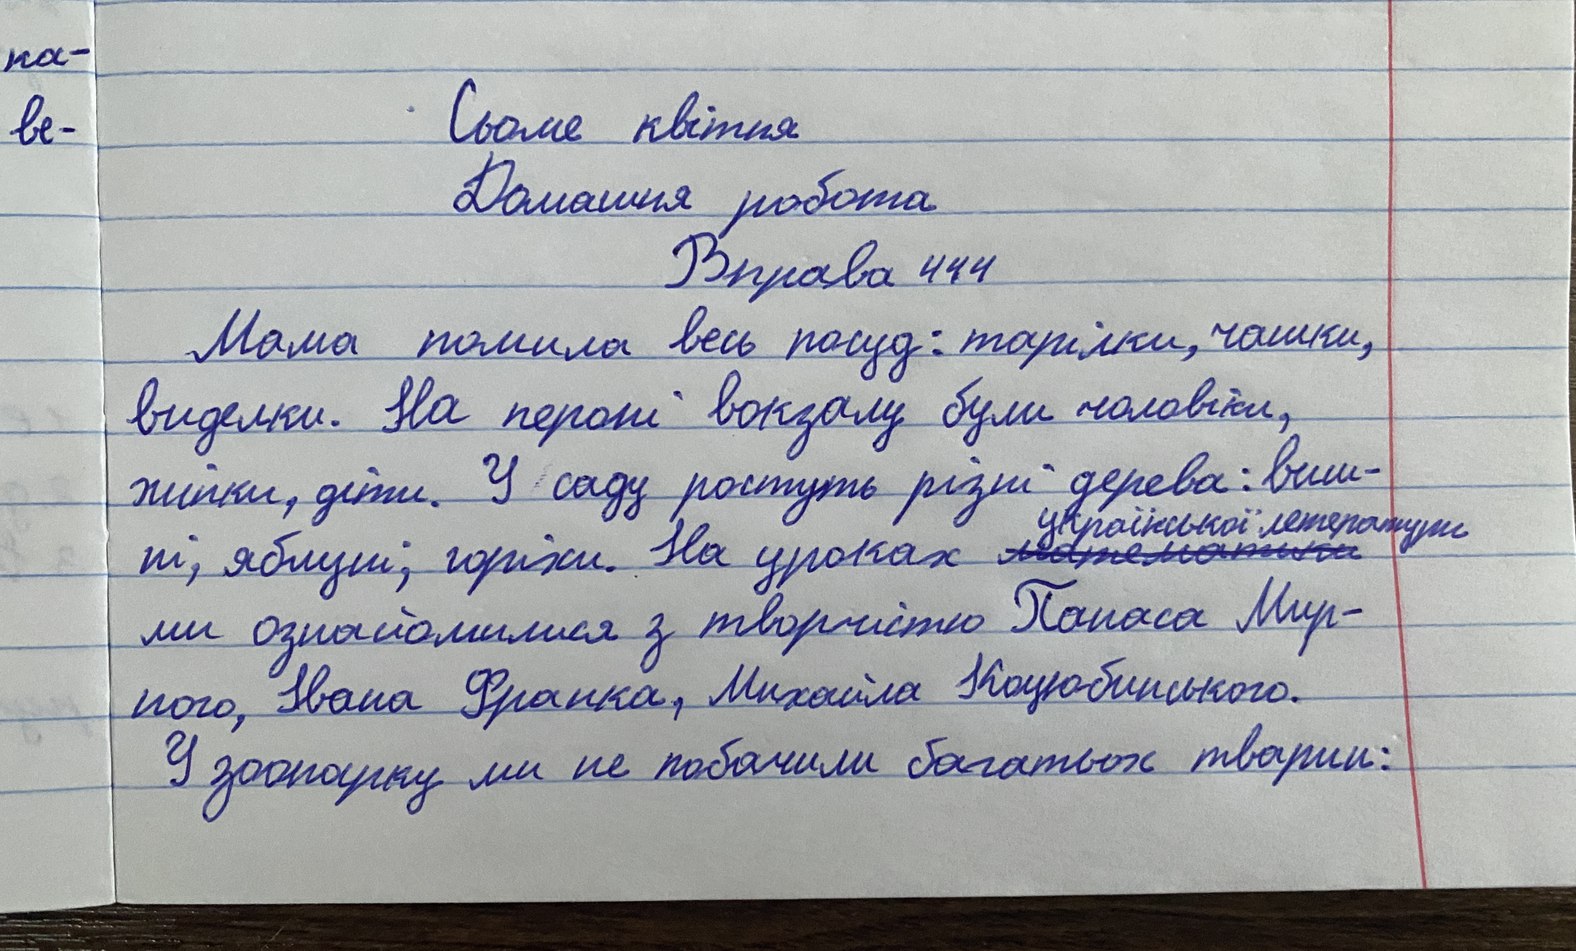
ка-
Сьоме квітня
ве-
Домашня робота
Вправа 444
Мама помила весь посуд: тарілки, чашки,
виделки. На пероні вокзалу були чоловіки,
жінки, діти. У саду ростуть різні дерева: виш-
ні,яблуні,горіхи.На уроках ~~математики~~{української літератури}
ми ознайомилися з творчістю Панаса Мир-
ного, Івана Франка, Михайла Коцюбинського.
У зоопарку ми не побачили багатьох тварин: